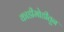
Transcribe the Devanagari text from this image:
काडीमोडीतून